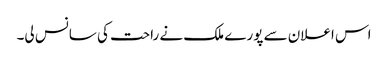
اس اعلان سے پورے ملک نے راحت کی سانس لی۔